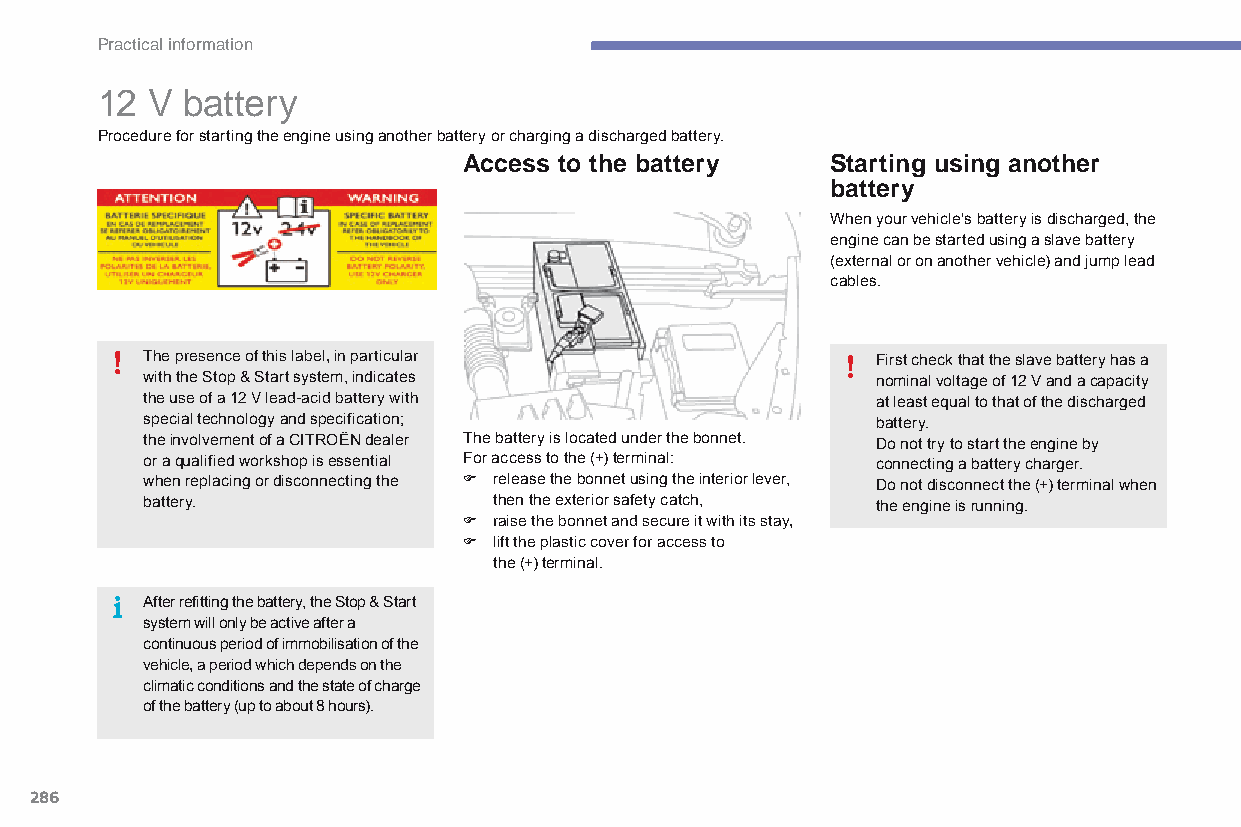
Practical information
 12  V battery
 Procedure for starting the engine using another battery or charging a discharged battery.
 Access to the battery   Starting using another
 battery
 When your vehicle's battery is discharged, the
 engine can be started using a slave battery
 (external or on another vehicle) and jump lead
 cables.
 The presence of this label, in particular        First check that the slave battery has a
 with the Stop & Start system, indicates          nominal voltage of 12 V and a capacity
 the use of a 12 V lead-acid battery with         at least equal to that of the discharged
 special technology and specification;            battery.
 the involvement of a CITROËN dealer The battery is located under the bonnet. Do not try to start the engine by
 or a qualified workshop is essential For access to the (+) terminal: connecting a battery charger.
 when replacing or disconnecting the F release the bonnet using the interior lever, Do not disconnect the (+) terminal when
 battery.                then the exterior safety catch, the engine is running.
 F raise the bonnet and secure it with its stay,
 F lift the plastic cover for access to
 the (+) terminal.
 After refitting the battery, the Stop & Start
 system will only be active after a
 continuous period of immobilisation of the
 vehicle, a period which depends on the
 climatic conditions and the state of charge
 of the battery (up to about 8 hours).
 286
 C4-Picasso-II_en_Chap07_info-pratiques_ed01-2015